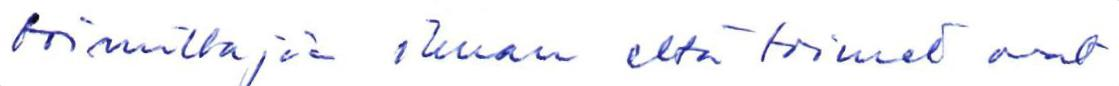
toimittajia ilman että toimet ovat